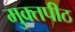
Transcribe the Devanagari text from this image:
मुक्‍तपीठ